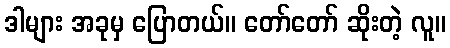
ဒါများ အခုမှ ပြောတယ်။ တော်တော် ဆိုးတဲ့ လူ။